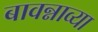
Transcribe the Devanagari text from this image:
बावन्नाव्या